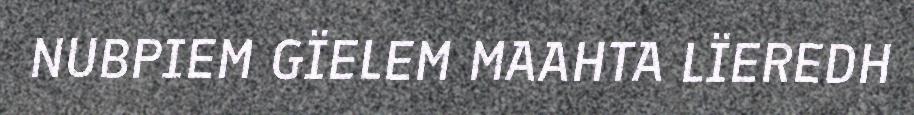
NUBPIEM GÏELEM MAAHTA LÏEREDH